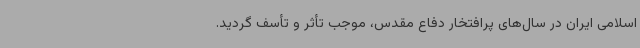
اسلامی ایران در سال‌های پرافتخار دفاع مقدس، موجب تأثر و تأسف گردید.